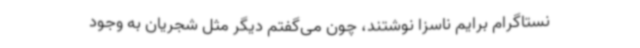
نستاگرام برایم ناسزا نوشتند، چون می‌گفتم دیگر مثل شجریان به وجود